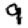
Digit: 9